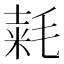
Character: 𣮾